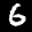
Label: 6